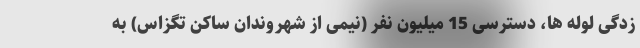
زدگی لوله ها، دسترسی 15 میلیون نفر (نیمی از شهروندان ساکن تگزاس) به